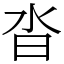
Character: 沓